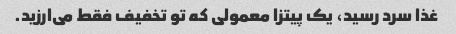
غذا سرد رسید، یک پیتزا معمولی که تو تخفیف فقط می‌ارزید.